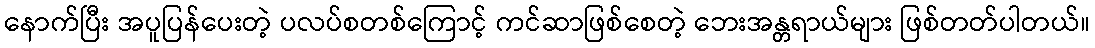
နောက်ပြီး အပူပြန်ပေးတဲ့ ပလပ်စတစ်ကြောင့် ကင်ဆာဖြစ်စေတဲ့ ဘေးအန္တရာယ်များ ဖြစ်တတ်ပါတယ်။